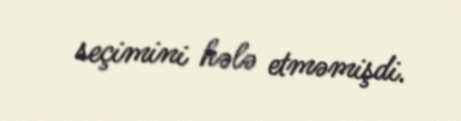
seçimini hələ etməmişdi.